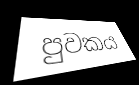
පුවකය